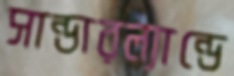
সান্ডারল্যান্ডে